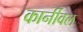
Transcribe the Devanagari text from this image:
कार्नीवल